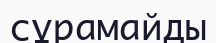
сұрамайды